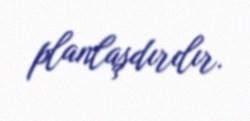
planlaşdırılır.